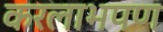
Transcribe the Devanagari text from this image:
करलाभपण